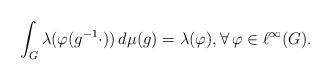
LaTeX: \begin{align*}\int_G \lambda(\varphi(g^{-1} \cdot)) \, d\mu(g) = \lambda(\varphi), \forall \, \varphi \in \ell^\infty(G).\end{align*}